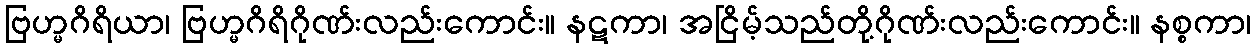
ဗြဟ္မဂိရိယာ၊ ဗြဟ္မဂိရိဂိုဏ်းလည်းကောင်း။ နဋကာ၊ အငြိမ့်သည်တို့ဂိုဏ်းလည်းကောင်း။ နစ္စကာ၊